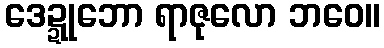
ဒေဍ္ဍုဘော ရာဇုလော ဘဝေ။